Scottish Leaving Certificate Examination, 1959
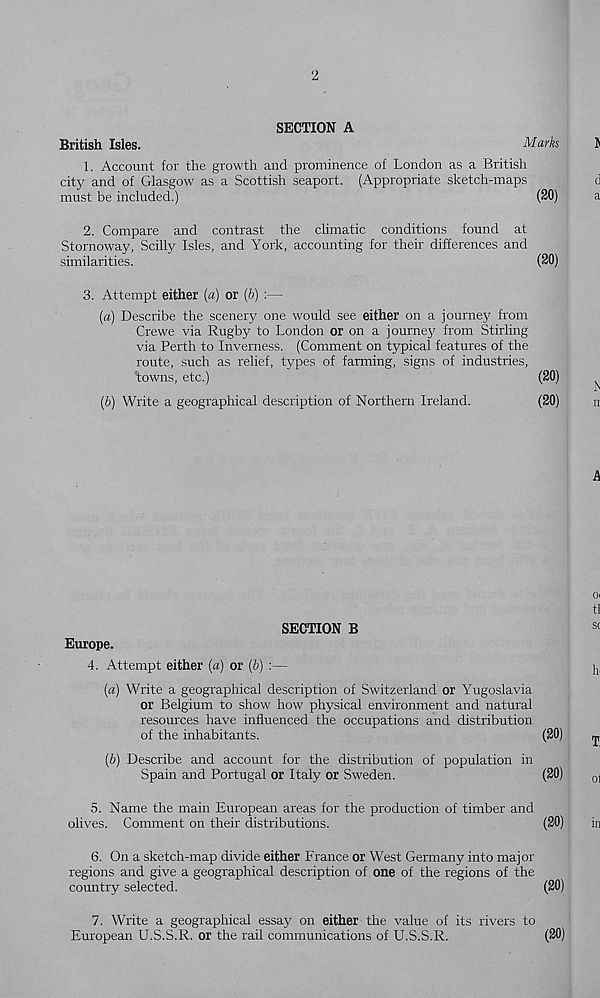
2
SECTION A
British Isles.
Marks
1. Account for the growth and prominence of London as a British
city and of Glasgow as a Scottish seaport. (Appropriate sketch-maps
must be included.)
(20)
2. Compare and contrast the climatic conditions found at
Stornoway, Scilly Isles, and York, accounting for their differences and
similarities.
(20)
3. Attempt either (a) or (b) :—
(a) Describe the scenery one would see either on a journey from
Crewe via Rugby to London or on a journey from Stirling
via Perth to Inverness. (Comment on typical features of the
route, such as relief, types of farming, signs of industries,
towns, etc.)
(20)
(b) Write a geographical description of Northern Ireland.
(20)
Europe.
4. Attempt either (a) or (b)
SECTION B
(a) Write a geographical description of Switzerland or Yugoslavia
or Belgium to show how physical environment and natural
resources have influenced the occupations and distribution
of the inhabitants.
(20)
(6) Describe and account for the distribution of population in
Spain and Portugal or Italy or Sweden.
(20)
5. Name the main European areas for the production of timber and
olives. Comment on their distributions.
(20)
6. On a sketch-map divide either France or West Germany into major
regions and give a geographical description of one of the regions of the
country selected.
(20)
7. Write a geographical essay on either the value of its rivers to
European U.S.S.R. or the rail communications of U.S.S.R.
(20)